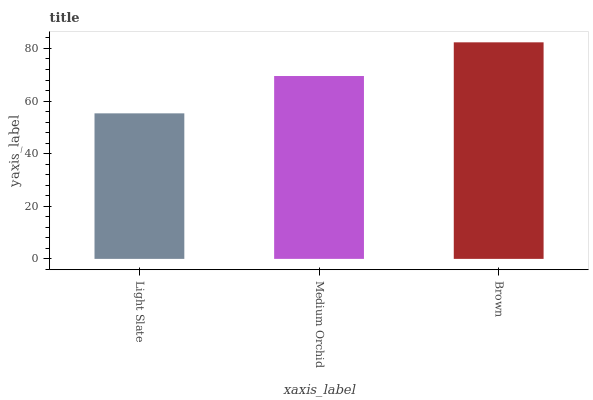
| xaxis_label | bars |
 | --- | --- |
 | Light Slate | 55.3 |
 | Medium Orchid | 69.5 |
 | Brown | 82.3 |